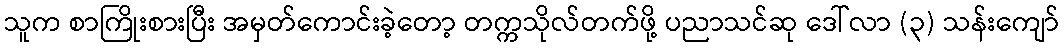
သူက စာကြိုးစားပြီး အမှတ်ကောင်းခဲ့တော့ တက္ကသိုလ်တက်ဖို့ ပညာသင်ဆု ဒေါ်လာ (၃) သန်းကျော်